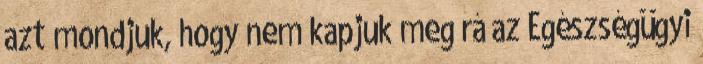
azt mondjuk, hogy nem kapjuk meg rá az Egészségügyi